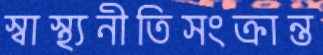
স্বাস্থ্যনীতিসংক্রান্ত